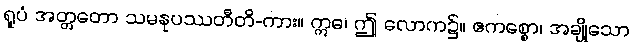
ရူပံ အတ္တတော သမနုပဿတီတိ-ကား။ ဣဓ၊ ဤ လောက၌။ ဧကစ္စော၊ အချို့သော